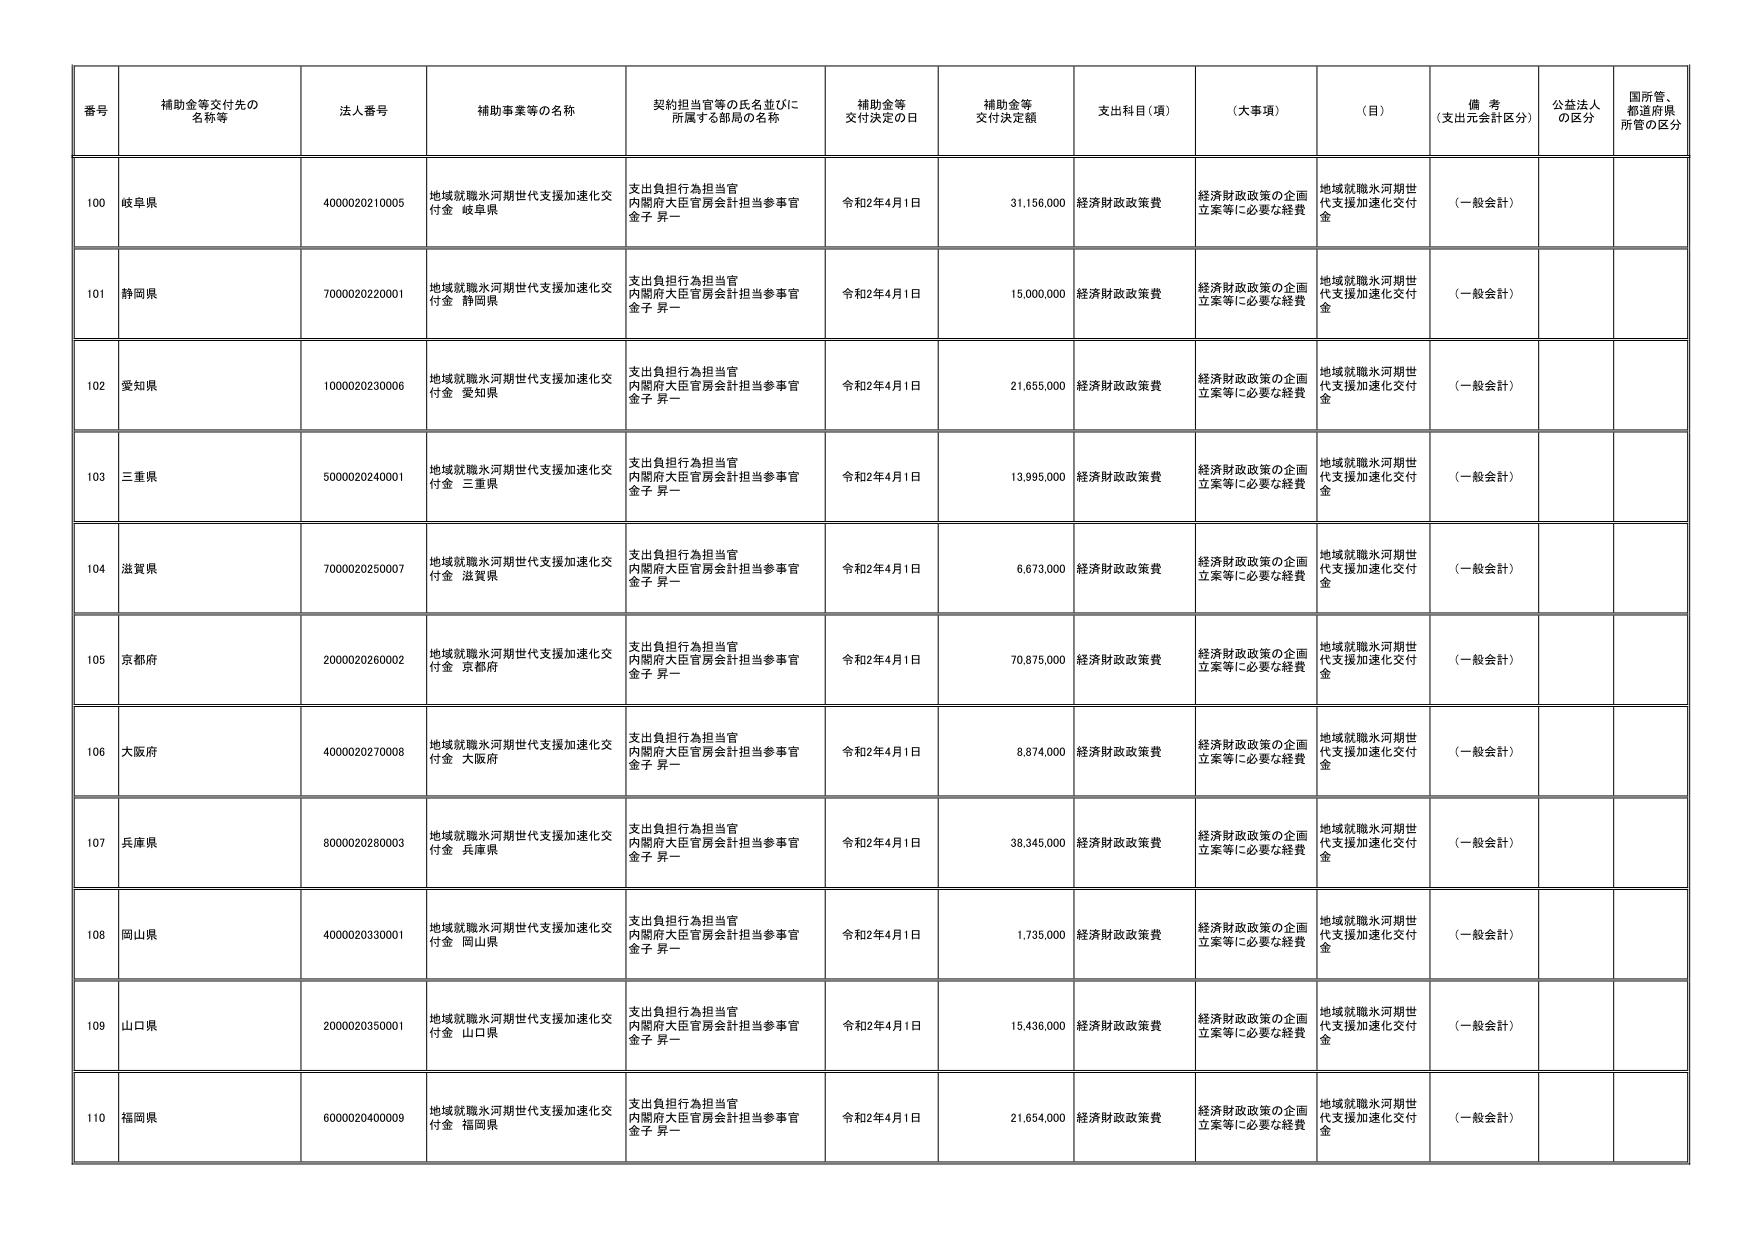
番号 補助金等交付先の名称等 法人番号 補助事業等の名称 契約担当官等の氏名並びに所属する部局の名称 補助金等交付決定の日 補助金等交付決定額 支出科目（項） （大事項） （目） 備考（支出元会計区分） 公益法人の区分 国所管、都道府県所管の区分
100 岐阜県 4000020210005 地域就職氷河期世代支援加速化交付金 岐阜県 支出負担行為担当官 内閣府大臣官房会計担当参事官 金子 昇一 令和2年4月1日 31,156,000 経済財政政策費 経済財政政策の企画立案等に必要な経費 地域就職氷河期世代支援加速化交付金 （一般会計）
101 静岡県 7000020220001 地域就職氷河期世代支援加速化交付金 静岡県 支出負担行為担当官 内閣府大臣官房会計担当参事官 金子 昇一 令和2年4月1日 15,000,000 経済財政政策費 経済財政政策の企画立案等に必要な経費 地域就職氷河期世代支援加速化交付金 （一般会計）
102 愛知県 1000020230006 地域就職氷河期世代支援加速化交付金 愛知県 支出負担行為担当官 内閣府大臣官房会計担当参事官 金子 昇一 令和2年4月1日 21,655,000 経済財政政策費 経済財政政策の企画立案等に必要な経費 地域就職氷河期世代支援加速化交付金 （一般会計）
103 三重県 5000020240001 地域就職氷河期世代支援加速化交付金 三重県 支出負担行為担当官 内閣府大臣官房会計担当参事官 金子 昇一 令和2年4月1日 13,995,000 経済財政政策費 経済財政政策の企画立案等に必要な経費 地域就職氷河期世代支援加速化交付金 （一般会計）
104 滋賀県 7000020250007 地域就職氷河期世代支援加速化交付金 滋賀県 支出負担行為担当官 内閣府大臣官房会計担当参事官 金子 昇一 令和2年4月1日 6,673,000 経済財政政策費 経済財政政策の企画立案等に必要な経費 地域就職氷河期世代支援加速化交付金 （一般会計）
105 京都府 2000020260002 地域就職氷河期世代支援加速化交付金 京都府 支出負担行為担当官 内閣府大臣官房会計担当参事官 金子 昇一 令和2年4月1日 70,875,000 経済財政政策費 経済財政政策の企画立案等に必要な経費 地域就職氷河期世代支援加速化交付金 （一般会計）
106 大阪府 4000020270008 地域就職氷河期世代支援加速化交付金 大阪府 支出負担行為担当官 内閣府大臣官房会計担当参事官 金子 昇一 令和2年4月1日 8,874,000 経済財政政策費 経済財政政策の企画立案等に必要な経費 地域就職氷河期世代支援加速化交付金 （一般会計）
107 兵庫県 8000020280003 地域就職氷河期世代支援加速化交付金 兵庫県 支出負担行為担当官 内閣府大臣官房会計担当参事官 金子 昇一 令和2年4月1日 38,345,000 経済財政政策費 経済財政政策の企画立案等に必要な経費 地域就職氷河期世代支援加速化交付金 （一般会計）
108 岡山県 4000020330001 地域就職氷河期世代支援加速化交付金 岡山県 支出負担行為担当官 内閣府大臣官房会計担当参事官 金子 昇一 令和2年4月1日 1,735,000 経済財政政策費 経済財政政策の企画立案等に必要な経費 地域就職氷河期世代支援加速化交付金 （一般会計）
109 山口県 2000020350001 地域就職氷河期世代支援加速化交付金 山口県 支出負担行為担当官 内閣府大臣官房会計担当参事官 金子 昇一 令和2年4月1日 15,436,000 経済財政政策費 経済財政政策の企画立案等に必要な経費 地域就職氷河期世代支援加速化交付金 （一般会計）
110 福岡県 6000020400009 地域就職氷河期世代支援加速化交付金 福岡県 支出負担行為担当官 内閣府大臣官房会計担当参事官 金子 昇一 令和2年4月1日 21,654,000 経済財政政策費 経済財政政策の企画立案等に必要な経費 地域就職氷河期世代支援加速化交付金 （一般会計）